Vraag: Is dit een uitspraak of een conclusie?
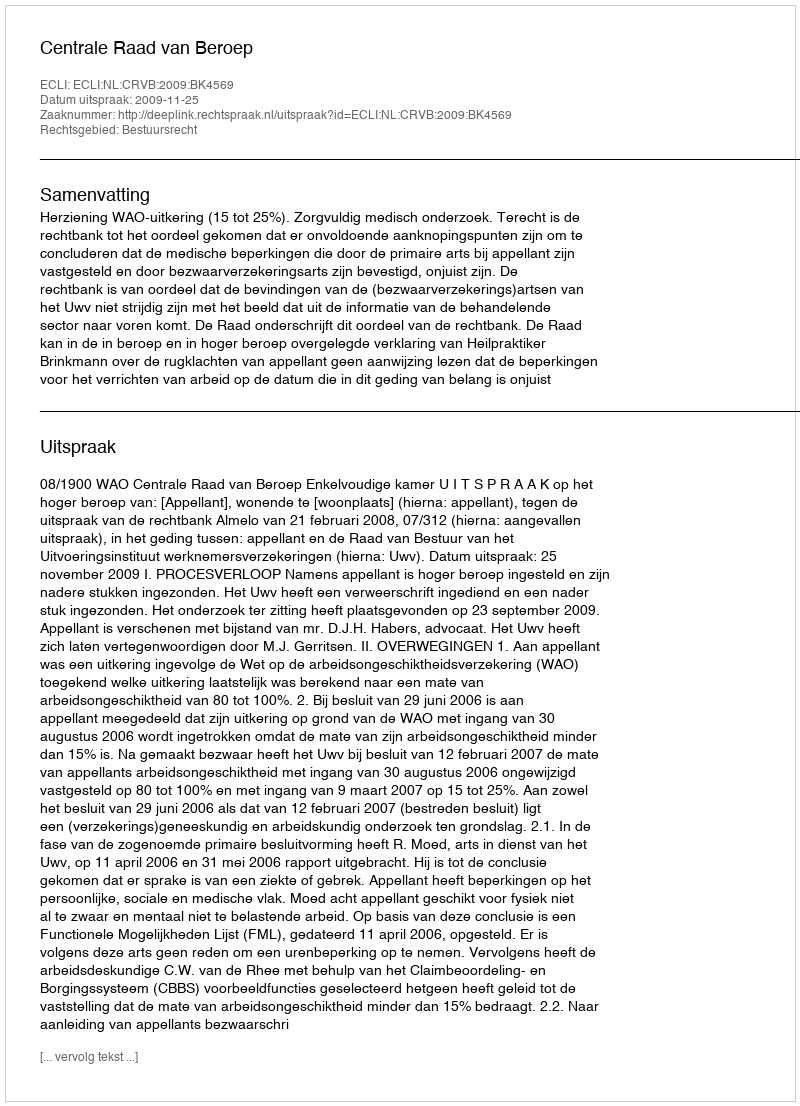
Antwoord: Uitspraak